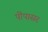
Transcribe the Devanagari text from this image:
पींपासर